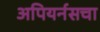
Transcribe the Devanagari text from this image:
अपियर्नसचा